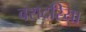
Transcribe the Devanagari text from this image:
बरादरिया